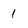
Character: 1